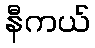
နီကယ်